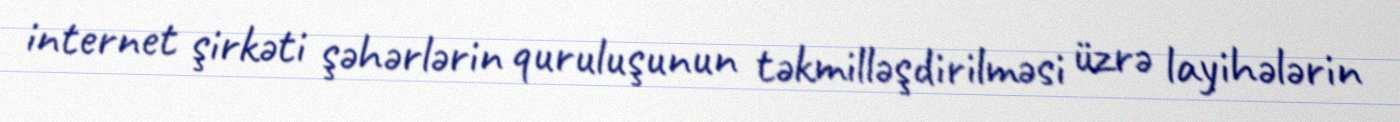
internet şirkəti şəhərlərin quruluşunun təkmilləşdirilməsi üzrə layihələrin